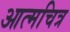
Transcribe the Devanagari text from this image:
आत्मचित्र